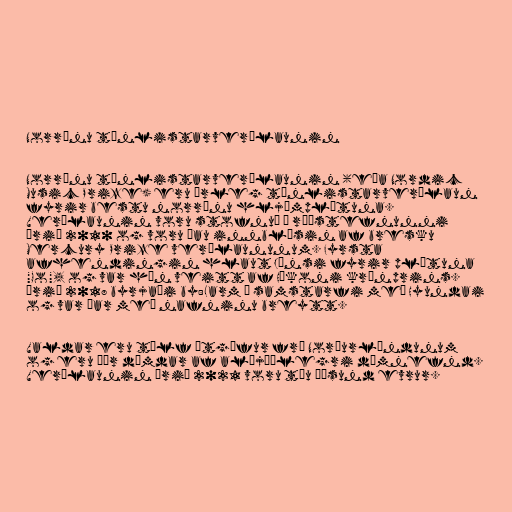
Norrænu tónlistarverðlaunin

Norrænu tónlistarverðlaunin (eða Nordic
Music Prize) eru árleg tónlistarverðlaun
fyrir bestu norrænu hljómplötuna.
Verðlaunin voru stofnuð á ráðstefnunni
árið 2010 og voru þau innblásin af bresku
Mercury Prize verðlaununum. Fyrsta
afhendingin hlaut Jónsi fyrir plötuna
"Go", og var hún veitt af Hákoni krónprins.
Árið 2018 byrjaði by:Larm í samstarfi með Hyundai
og var þar með nafninu breytt.

Valdar eru tólf útgáfur frá Norðurlöndunum
og eru þær dæmdar af alþjóðlegri dómnefnd.
Verðlaunin árið 2021 voru tíu þúsund evrur.